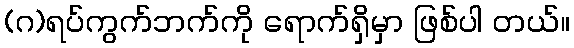
(ဂ)ရပ်ကွက်ဘက်ကို ရောက်ရှိမှာ ဖြစ်ပါ တယ်။